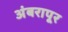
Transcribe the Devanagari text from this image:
अंबरापूर